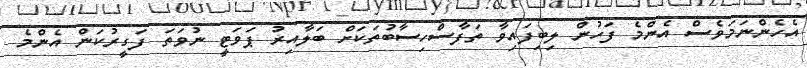
އެހެންނަމަވެސް އެންމެ ފަހުން ލިބިފައިވާ ތަފާސްހިސާބުތަކަށް ބަލާއިރު ޕަވަޓީ ނުވަތަ ފަގީރުކަން އެންމެ